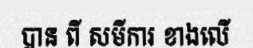
បាន ពី សមីការ ខាងលើ